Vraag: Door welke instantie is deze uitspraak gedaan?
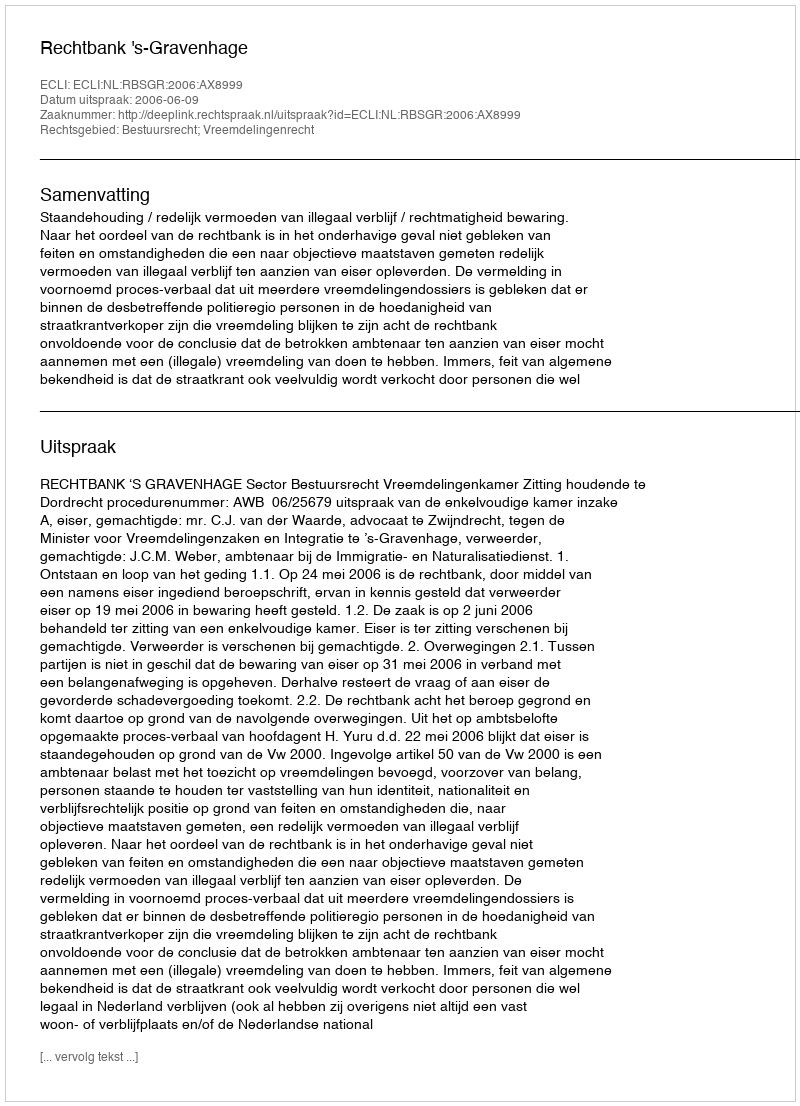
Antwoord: Rechtbank 's-Gravenhage